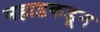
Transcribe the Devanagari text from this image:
महाडकडून